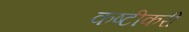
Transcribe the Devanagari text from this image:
कष्टीकरी